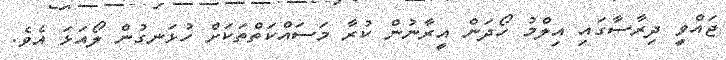
ޖައްވީ ދިރާސާގައި އިލްމު ހޯދަން އީރާނުން ކުރާ މަސައްކަތްތަކަށް ހުޅަނގުން ލޯއަޅަ އެވެ.